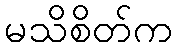
မသိစိတ်က